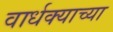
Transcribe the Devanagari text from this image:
वार्धक्याच्या